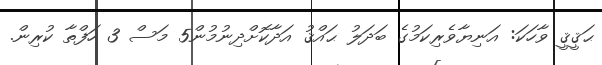
ޙަޤީޤީ ވާހަކަ: އަނިޔާވެރިކަމުގެ ބަދަލު ޙައްޤު އަދާކޮށްދިނުމުން5 މަސް 3 ހަފްތާ ކުރިން.